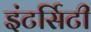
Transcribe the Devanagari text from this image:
इंटर्सिटी